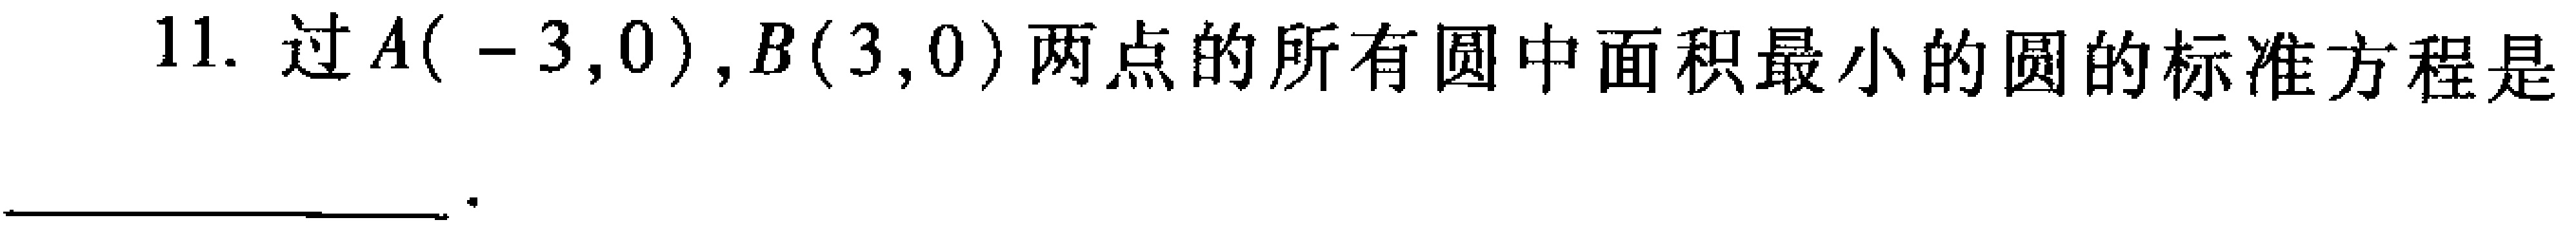
11. 过\(A(-3,0)\)，\(B(3,0)\)两点的所有圆中面积最小的圆的标准方程是___ 。